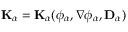
\mathbf { K } _ { \alpha } = \mathbf { K } _ { \alpha } ( \phi _ { \alpha } , \nabla \phi _ { \alpha } , \mathbf { D } _ { \alpha } )